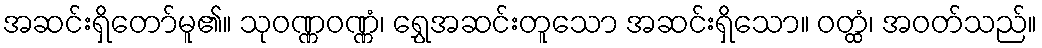
အဆင်းရှိတော်မူ၏။ သုဝဏ္ဏဝဏ္ဏံ၊ ရွှေအဆင်းတူသော အဆင်းရှိသော။ ဝတ္ထံ၊ အဝတ်သည်။